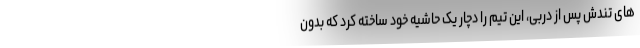
های تندش پس از دربی، این تیم را دچار یک حاشیه خود ساخته کرد که بدون